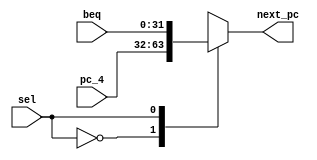
`timescale 1ns / 1ps

module mux_pc(pc_4,beq,next_pc,sel);
input wire [31:0] pc_4;
input wire [31:0] beq;
output [31:0] next_pc;
input sel;

reg [31:0] next_pc;


always @(pc_4,beq,sel)
begin
    case(sel)
        1'b0:next_pc = pc_4;
        1'b1:next_pc = beq;
     endcase   
end

endmodule